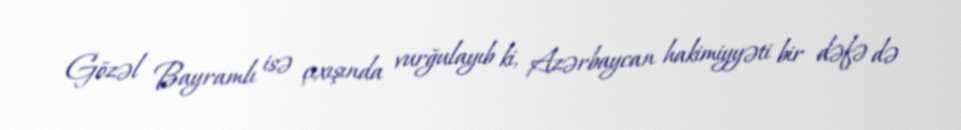
Gözəl Bayramlı isə çıxışında vurğulayıb ki, Azərbaycan hakimiyyəti bir dəfə də